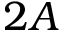
2 A